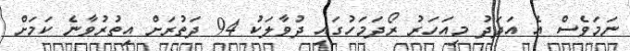
ނަމަވެސް އެ އަދަދު މިއަހަރު ރޯދަމަހުގައި ދުވާލަކު 94 ދަތުރަށް އިތުރުވާނެ ކަމަށް